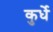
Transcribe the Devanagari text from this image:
कुर्धे